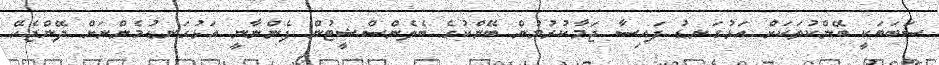
ސަބަބަކީ ބޭންކުތަކަށް އަޅުގަނޑު ފައިސާ ޖަމާކުރުމުން ބޭންކުގެ ބެލެންސްޝީޓުން ފެންނާނީ އަޅުގަނޑުމެންނަށް ދޭންޖެހޭ